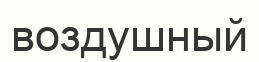
воздушный